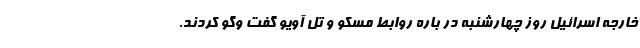
خارجه اسرائیل روز چهارشنبه در باره روابط مسکو و تل آویو گفت وگو کردند.